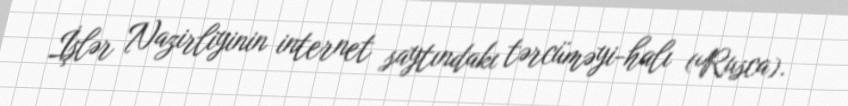
İşlər Nazirliyinin internet saytındakı tərcüməyi-halı (Rusca).